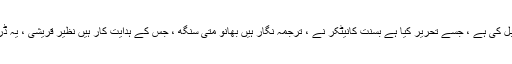
یہ کہانی مہابھارت سے قبل کی ہے ، جسے تحریر کیا ہے بسنت کانیٹکر نے ، ترجمہ نگار ہیں بھانو متی سنگھ ، جس کے ہدایت کار ہیں نظیر قریشی ، یہ ڈرامہ خالص ہندی میں ہے ۔